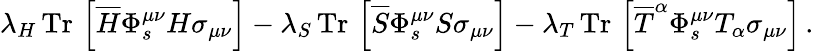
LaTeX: \lambda_{H}\, \mathrm{Tr}\, \left[\overline{{H}}\Phi_{s}^{\mu\nu}H\sigma_{\mu\nu}\right]-\lambda_{S}\, \mathrm{Tr}\, \left[\overline{{S}}\Phi_{s}^{\mu\nu}S\sigma_{\mu\nu}\right]-\lambda_{T}\, \mathrm{Tr}\, \left[\overline{{T}}^{\alpha}\Phi_{s}^{\mu\nu}T_{\alpha}\sigma_{\mu\nu}\right]\, .